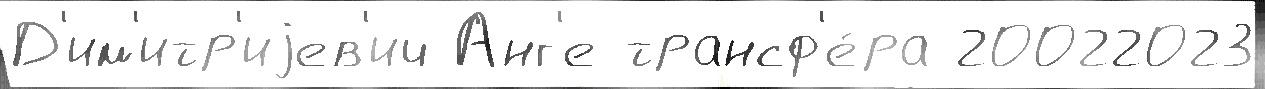
Д'им'итр'иjев'ич Анг'е трансф'е́ра 20022023